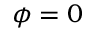
\phi = 0